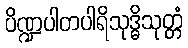
ပိဏ္ဍပါတပါရိသုဒ္ဓိသုတ္တံ